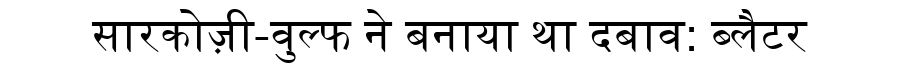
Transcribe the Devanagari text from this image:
सारकोज़ी-वुल्फ ने बनाया था दबाव: ब्लैटर